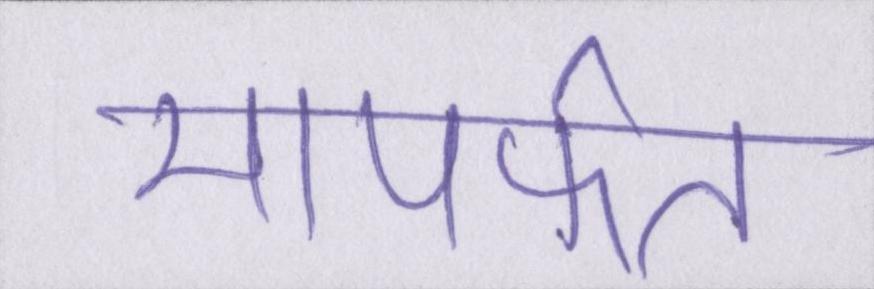
मापर्फत